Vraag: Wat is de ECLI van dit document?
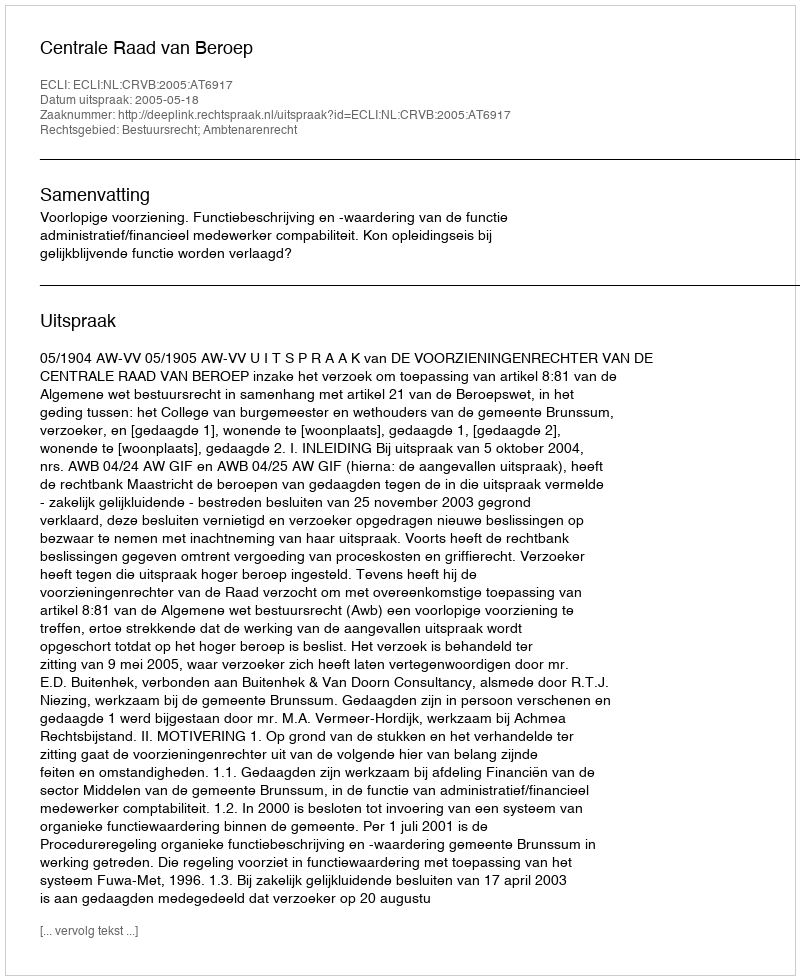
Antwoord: ECLI:NL:CRVB:2005:AT6917